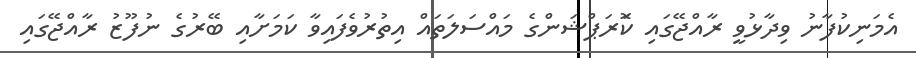
އެމަނިކުފާނު ވިދާޅުވީ ރާއްޖޭގައި ކޮަރަޕްޝަންގެ މައްސަލަތައް އިތުރުވެފައިވާ ކަމަށާއި ބޭރުގެ ނުފޫޒު ރާއްޖޭގައި